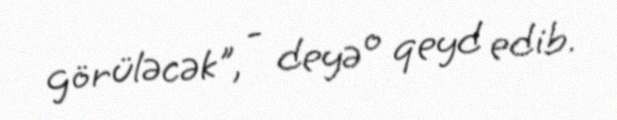
görüləcək", - deyə o qeyd edib.